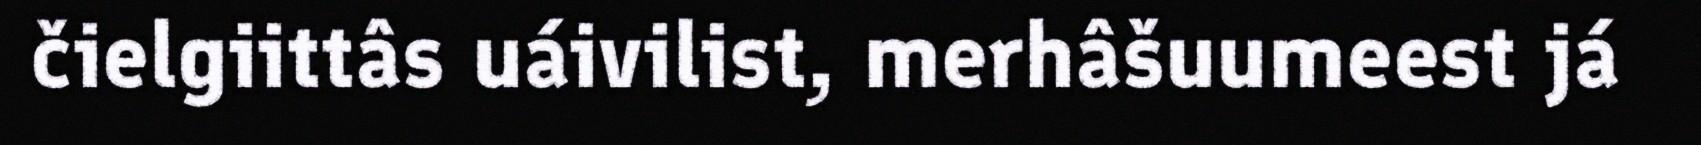
čielgiittâs uáivilist, merhâšuumeest já